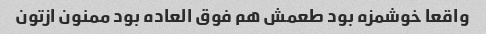
واقعا خوشمزه بود طعمش هم‌ فوق العاده بود ممنون ازتون